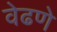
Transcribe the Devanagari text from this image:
वेढणे